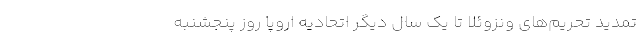
تمدید تحریم‌های ونزوئلا تا یک سال دیگر اتحادیه اروپا روز پنجشنبه